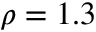
\rho = 1 . 3